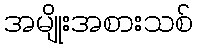
အမျိုးအစားသစ်